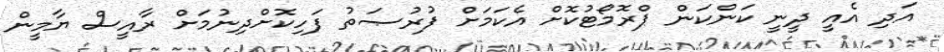
އަދި އެއީ ދީނީ ކަންކަން ޕްރޮމޯޓުކޮށް އެކަމަށް ފުރުޞަތު ފަހިކޮށްދިނުމަށް ރާއީސް ޔާމީން